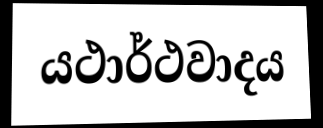
යථාර්ථවාදය